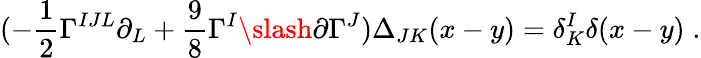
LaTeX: (-{\frac{1}{2}}\Gamma^{IJL}\partial_{L}+{\frac{9}{8}}\Gamma^{I}\slash{\partial}\Gamma^{J})\Delta_{JK}(x-y)=\delta_{K}^{I}\delta(x-y)\; .